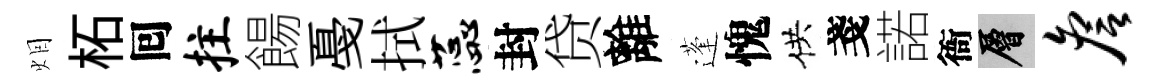
𤇆柘囘拄餳戞拭蕊封贷離蓬愧供戔諾衙層詹